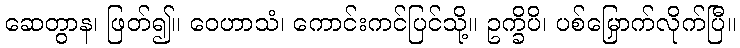
ဆေတွာန၊ ဖြတ်၍။ ဝေဟာသံ၊ ကောင်းကင်ပြင်သို့။ ဥက္ခိပိ၊ ပစ်မြှောက်လိုက်ပြီ။